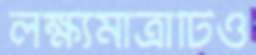
লক্ষ্যমাত্রাটিও